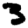
Digit: 3